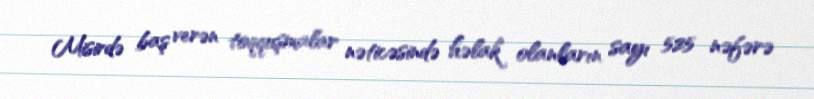
Misirdə baş verən toqquşmalar nəticəsində həlak olanların sayı 525 nəfərə